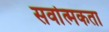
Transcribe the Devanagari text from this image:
सर्वात्मकता